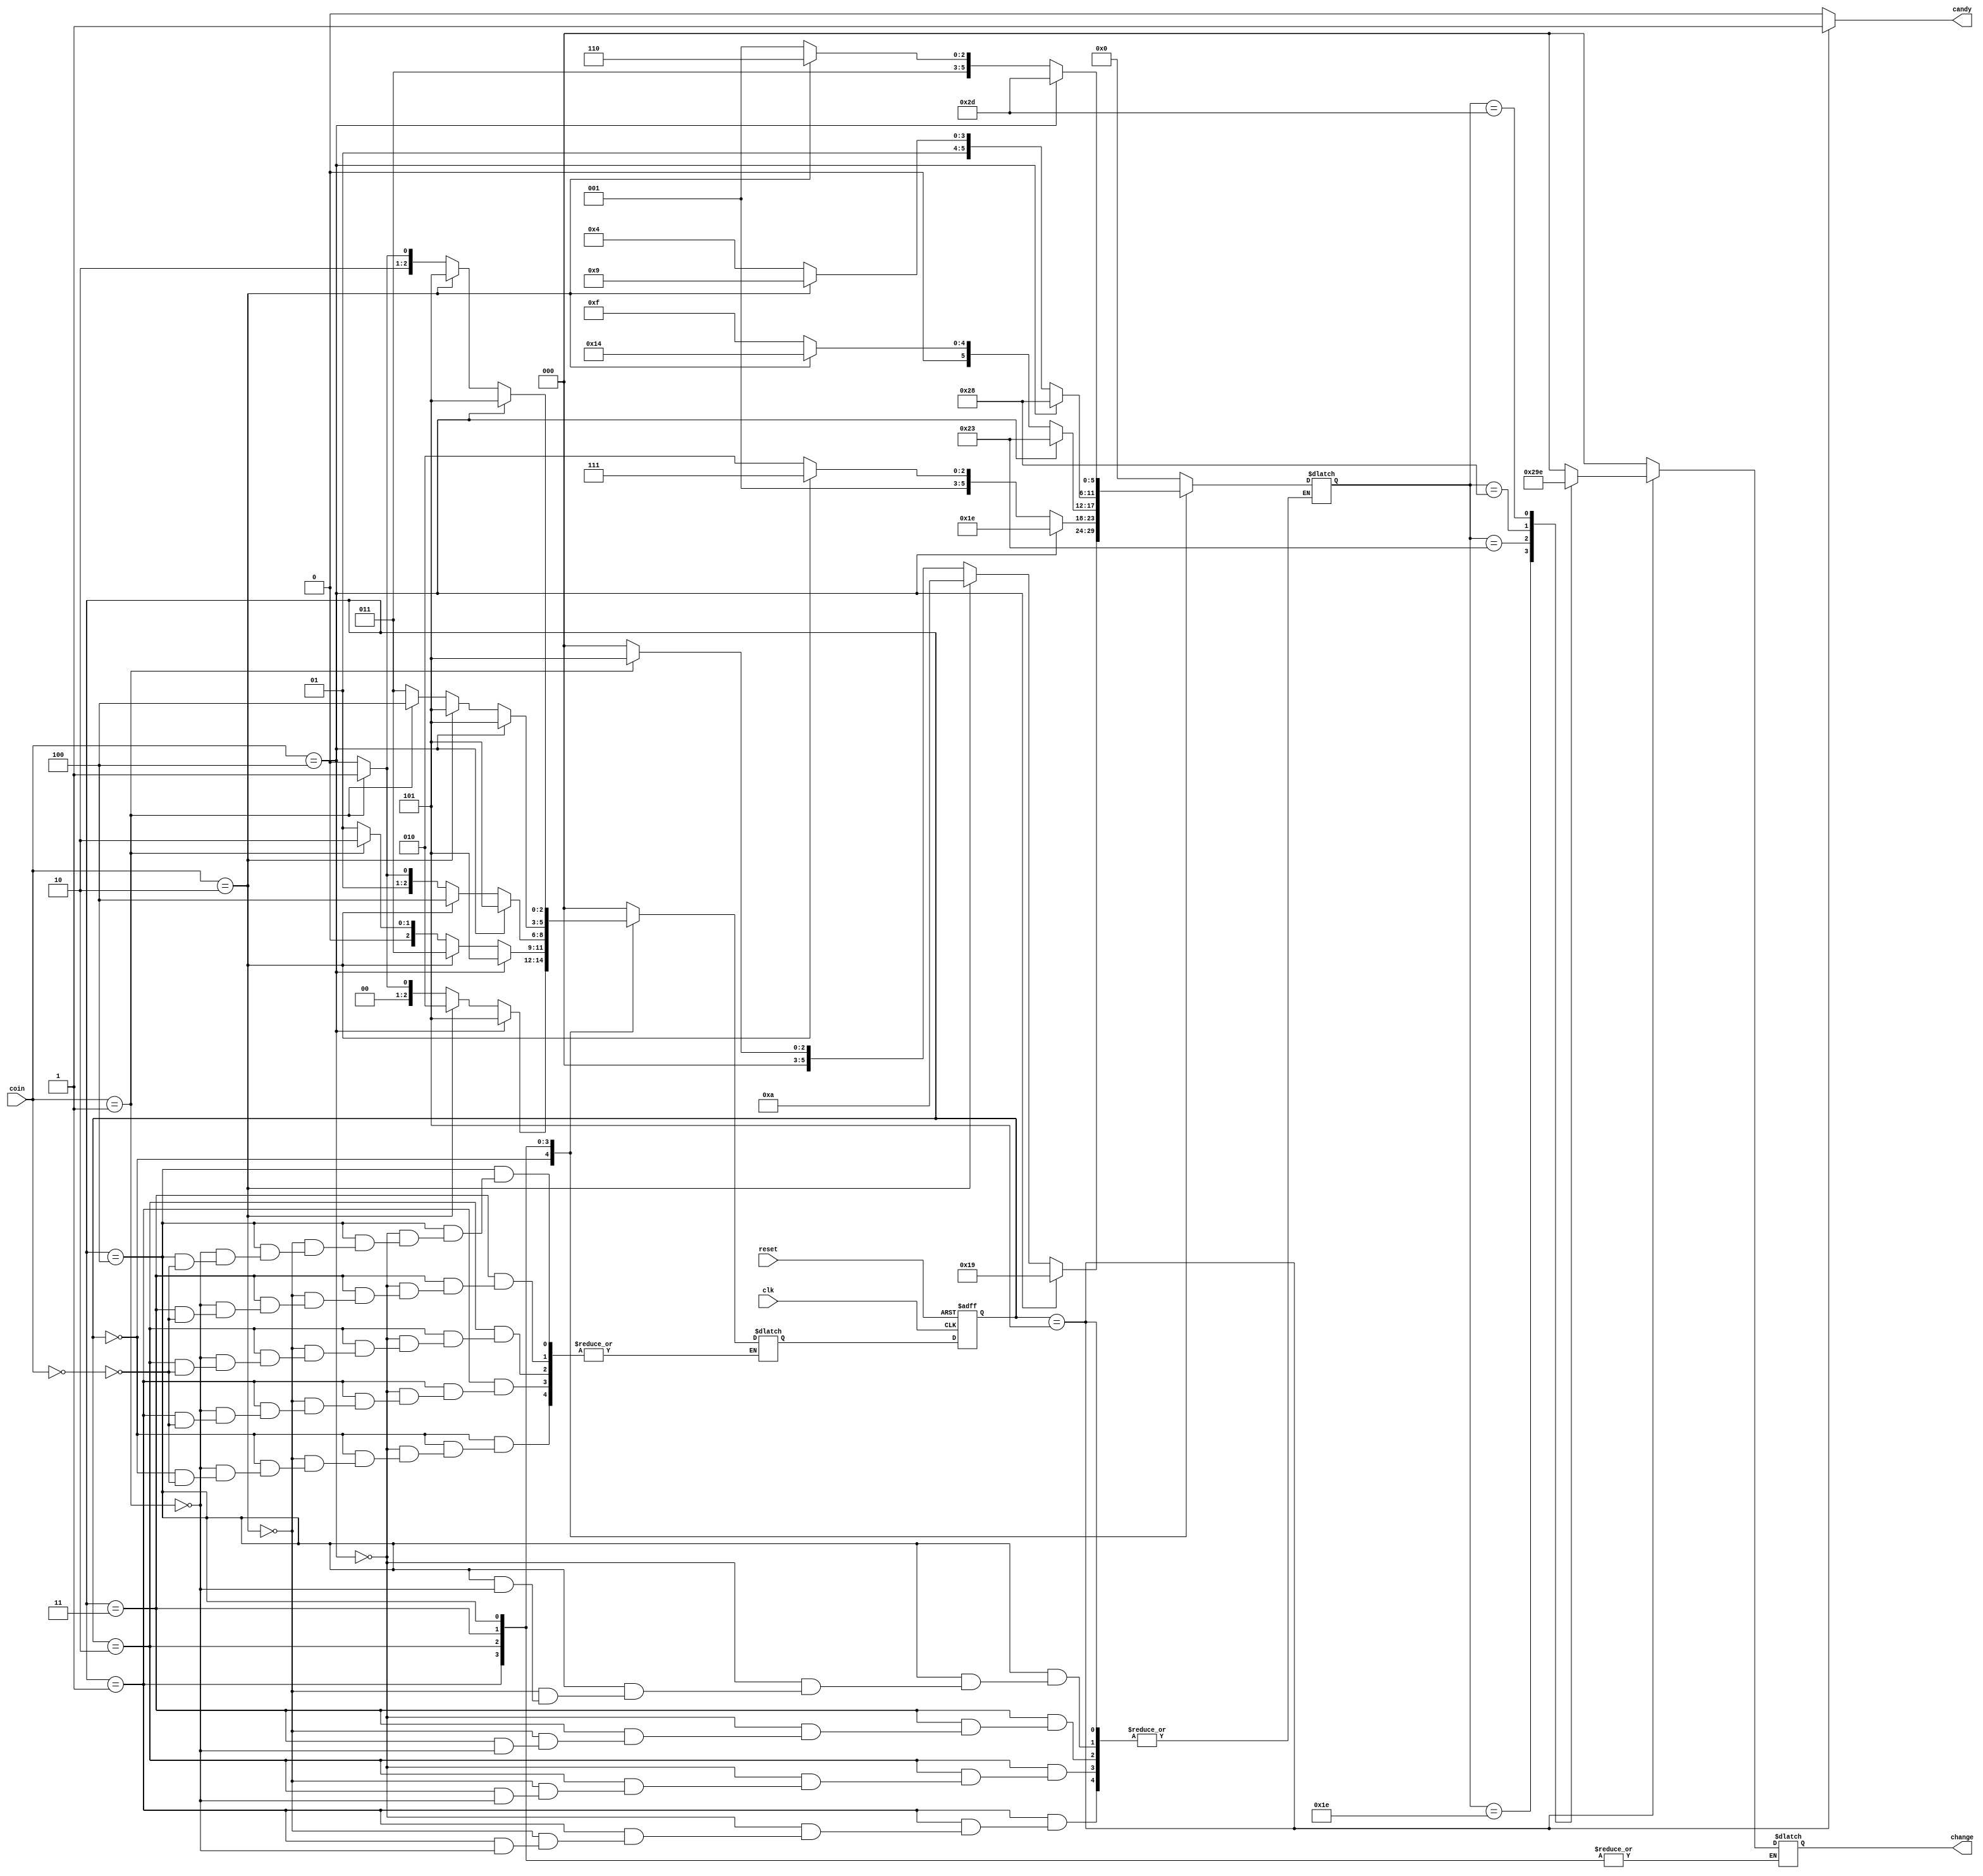

module candy_machine(
	input reset,		
	input clk,			
	input [2:0] coin,						
	output reg [2:0] change,				
	output reg candy	
);									

	parameter S0 = 3'b000;	//  0 cents - candy = 0
	parameter S1 = 3'b001;	//  5 cents - candy = 0
	parameter S2 = 3'b010;	// 10 cents - candy = 0
	parameter S3 = 3'b011;	// 15 cents - candy = 0
	parameter S4 = 3'b100;	// 20 cents - candy = 0
	parameter S5 = 3'b101;	// 25 cents - candy = 1

	reg [2:0] current_state, next_state;			
	reg [5:0] coin_count;
	
	always @(posedge clk or posedge reset)
		if(reset)
			current_state <= S0;
		else
			current_state <= next_state;
	
	always @(*) begin
		case(current_state)
			S0 : begin	// 0 cents
					candy = 1'b0;
					change = 3'b000;
					coin_count = 0;
					if(coin == 3'b000)
						next_state = S0;
					if(coin == 3'b001) begin
						next_state = S1;
						coin_count = 5;
						end
					if(coin == 3'b010) begin
						next_state = S2;
						coin_count = 10;
						end
					if(coin == 3'b100) begin
						next_state = S5;
						coin_count = 25;
						end
				 end
			S1 : begin	// 5 cents
					candy = 1'b0;
					if(coin == 3'b000)
						next_state = S1;
					if(coin == 3'b001) begin
						next_state = S2;
						coin_count = 10;
						end
					if(coin == 3'b010) begin
						next_state = S3;
						coin_count = 15;
						end
					if(coin == 3'b100) begin
						next_state = S5;
						coin_count = 30;
						end
				 end
			S2 : begin	// 10 cents
					candy = 1'b0;
					if(coin == 3'b000)
						next_state = S2;
					if(coin == 3'b001) begin
						next_state = S3;
						coin_count = 15;
						end
					if(coin == 3'b010) begin
						next_state = S4;
						coin_count = 20;
						end
					if(coin == 3'b100) begin
						next_state = S5;
						coin_count = 35;
						end
				 end 
			S3 : begin	// 15 cents
					candy = 1'b0;
					if(coin == 3'b000)
						next_state = S3;
					if(coin == 3'b001) begin
						next_state = S4;
						coin_count = 20;
						end
					if(coin == 3'b010) begin
						next_state = S5;
						coin_count = 25;
						end
					if(coin == 3'b100) begin
						next_state = S5;
						coin_count = 40;
						end
				 end 
			S4 : begin	// 20 cents
					candy = 1'b0;
					if(coin == 3'b000)
						next_state = S4;
					if(coin == 3'b001) begin
						next_state = S5;
						coin_count = 25;
						end
					if(coin == 3'b010) begin
						next_state = S5;
						coin_count = 30;
						end
					if(coin == 3'b100) begin
						next_state = S5;
						coin_count = 45;
						end		
				 end
			S5 : begin	// 25+ cents
					candy = 1'b1;
					next_state = S0;
					case(coin_count)
						30 : change = 3'b001;		// return nickel
						35 : change = 3'b010;		// return dime
						40 : change = 3'b011;		// return nickel + dime
						45 : change = 3'b110; 		// return dime + dime
						default : change = 3'b000;	// no change due
					endcase
				 end 
			default : begin
						candy = 1'b0;
						change = 3'b000;
						coin_count = 0;
						next_state = S0;		
					  end	
		endcase
	end
endmodule